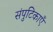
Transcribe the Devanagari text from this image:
संपुटिकाएँ